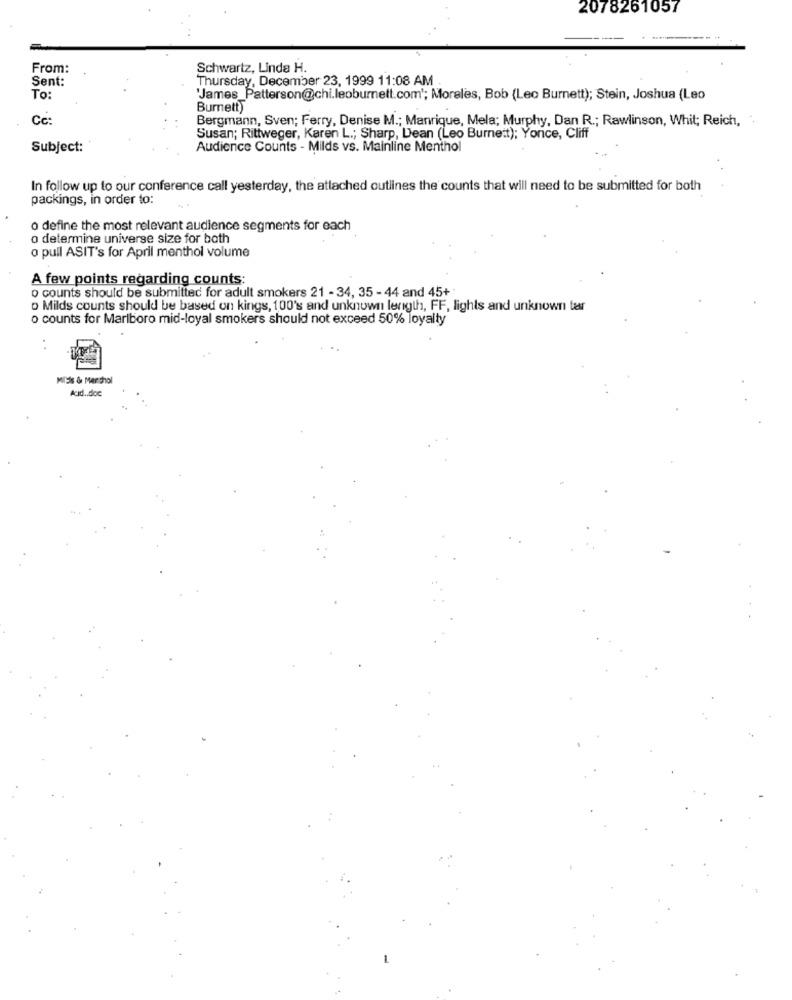
2078261057
From:
Schwartz, Linda H.
Sent:
Thursday, December 23, 1999 11:08 AM .
To:
'James_Patterson@chi.leoburnett.com'; Morales, Bob (Leo Burnett); Stein, Joshua (Leo
Burnett)
Cc:
Bergmann, Sven; Ferry, Denise M .; Manrique, Mela; Murphy, Dan R .; Rawlinson, Whit; Reich, .
Susan; Rittweger, Karen L .; Sharp, Dean (Leo Burnett); Yonce, Cliff
Subject:
Audience Counts - Milds vs. Mainline Menthol
In follow up to our conference call yesterday, the attached outlines the counts that will need to be submitted for both
packings, in order to:
o define the most relevant audience segments for each
o determine universe size for both
o pull ASIT's for April menthol volume
A few points regarding counts:
o counts should be submitted for adult smokers 21 - 34, 35 - 44 and 45+
o Milds counts should be based on kings, 100's and unknown length, FF, lights and unknown tar
o counts for Marlboro mid-loyal smokers should not exceed 50% loyalty
MISS & Marthhol
Acid .. doc